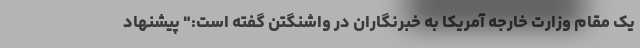
یک مقام وزارت خارجه آمریکا به خبرنگاران در واشنگتن گفته است:" پیشنهاد